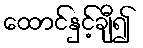
ထောင်နှင့်ချီ၍